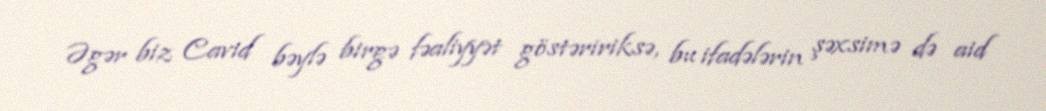
Əgər biz Cavid bəylə birgə fəaliyyət göstəririksə, bu ifadələrin şəxsimə də aid